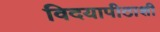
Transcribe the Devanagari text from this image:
विदयापीठाशी